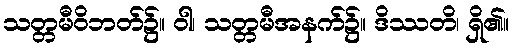
သတ္တမီဝိဘတ်၌။ ဝါ၊ သတ္တမီအနက်၌။ ဒိဿတိ၊ ရှိ၏။